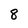
Character: 8